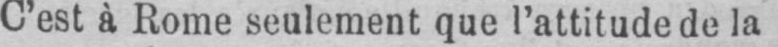
C’est à Rome seulement que l’attitude de la